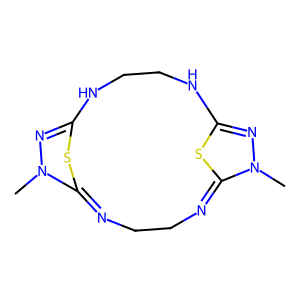
SMILES: CN1N=C2NCCNC3=NN(C)C(=NCCN=C1S2)S3
Inhibits HIV replication: No